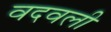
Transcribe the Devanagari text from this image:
वदवली